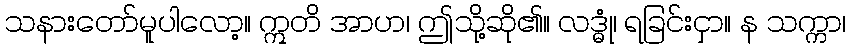
သနားတော်မူပါလော့။ ဣတိ အာဟ၊ ဤသို့ဆို၏။ လဒ္ဓုံ၊ ရခြင်းငှာ။ န သက္ကာ၊